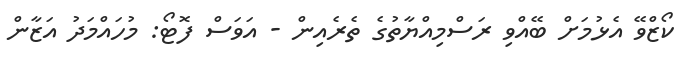
ކޯޒްވޭ އެޅުމަށް ބޭއްވި ރަސްމިއްޔާތުގެ ތެރެއިން - އަވަސް ފޮޓޯ: މުހައްމަދު އަޒާން